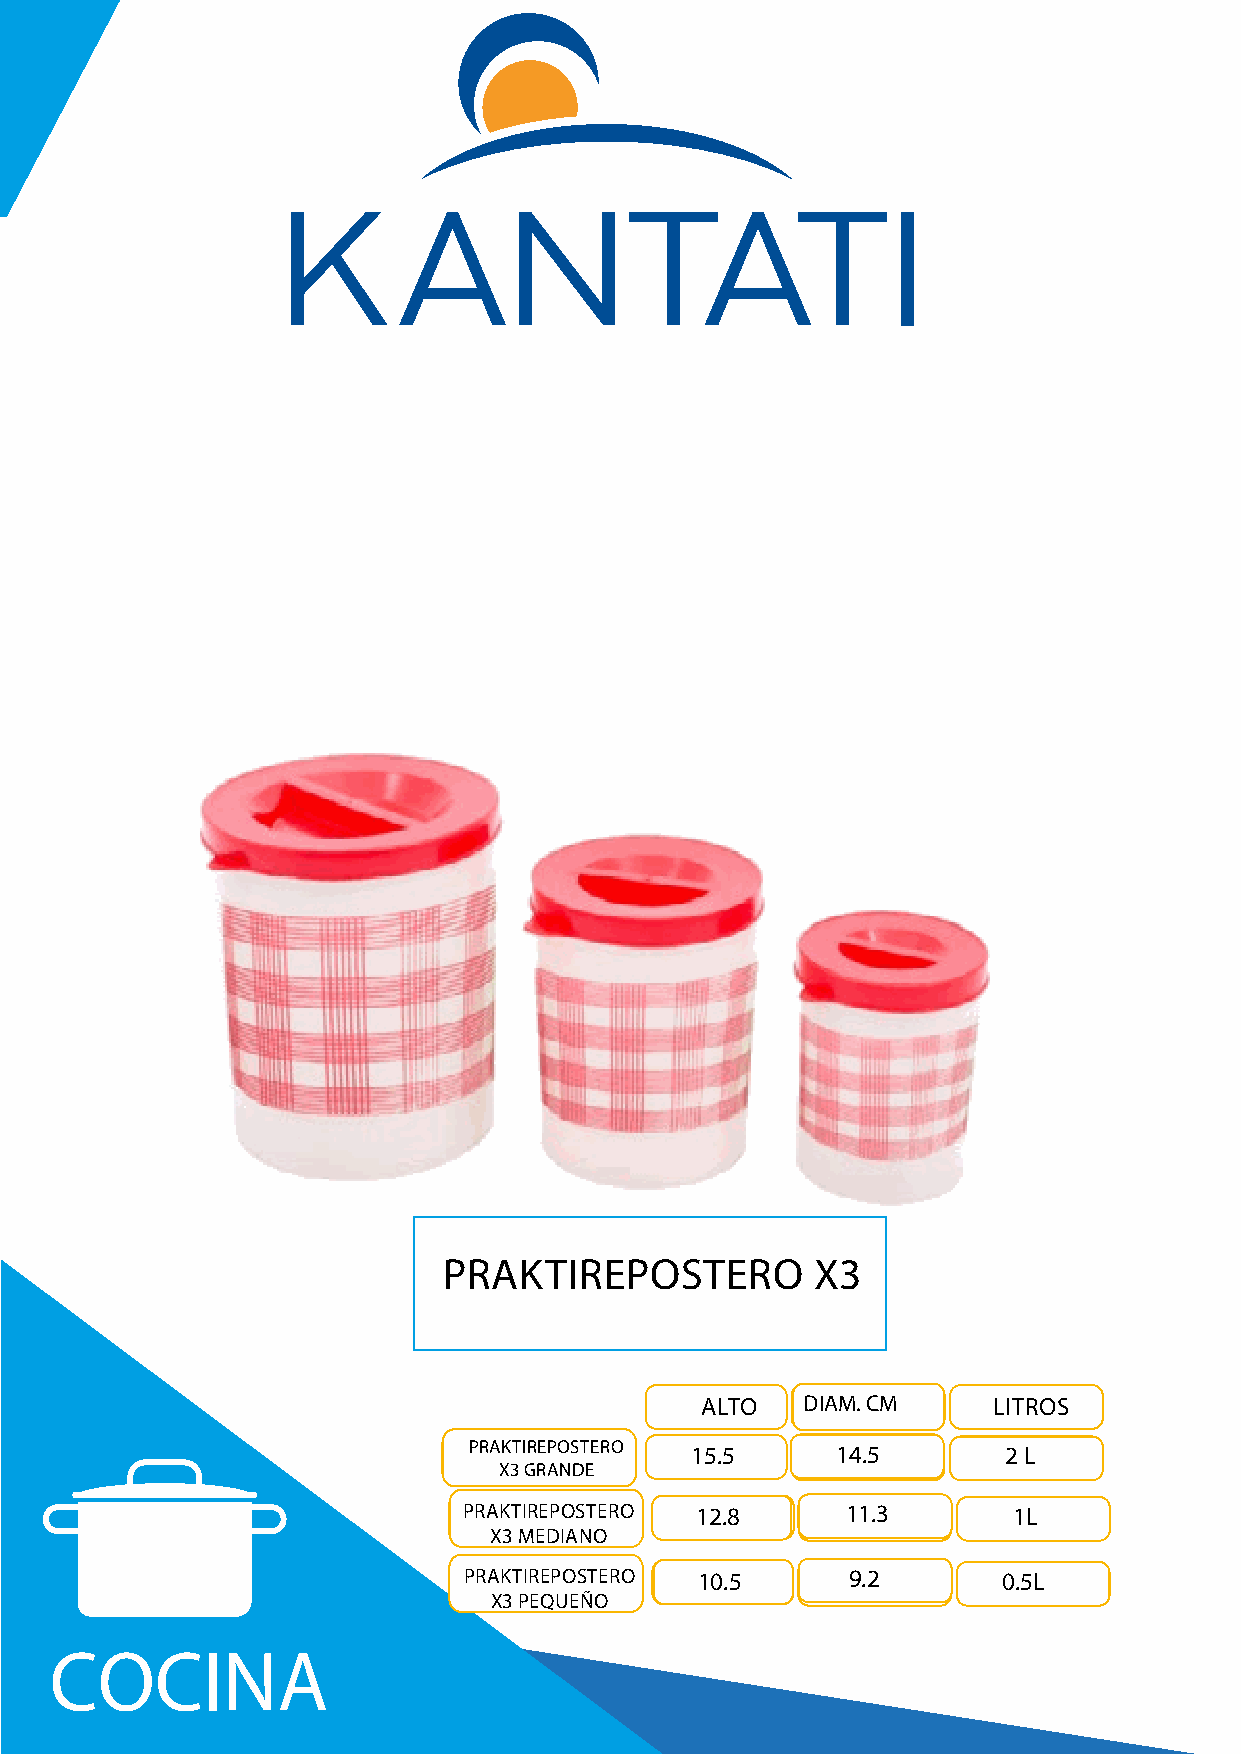
PRAKTIREPOSTERO          X3
 ALTO   DDIIIAAMM. .C CMM LITROS
 PRAKTIREPOSTERO 15.5   151.45.5     2 L
 X3 GRANDE
 PRAKTIREPOSTERO 1123..80 13101..03  1L
 X3 MEDIANO
 PRAKTIREPOSTERO 160.0.5 109.5.2    0.5L
 X3 PEQUEÑO
 COCINA